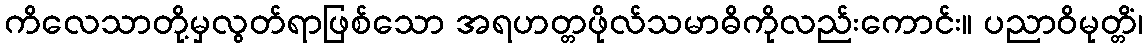
ကိလေသာတို့မှလွတ်ရာဖြစ်သော အရဟတ္တဖိုလ်သမာဓိကိုလည်းကောင်း။ ပညာဝိမုတ္တိံ၊